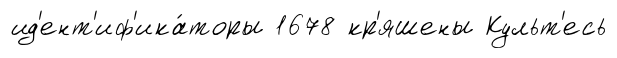
ид'ент'иф'ика́торы 1678 кр'яшены Культ'есь